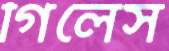
গিলেস